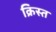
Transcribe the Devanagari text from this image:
क्रिस्त